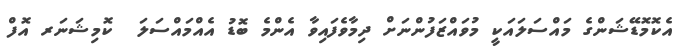
އެކޮމޮޑޭޝަންގެ މައްސަލައަކީ މުވައްޒަފުންނަށް ދިމާވެފައިވާ އެންމެ ބޮޑު އެއްމައްސަލަ  ކޮމިޝަނަރ އޮފް